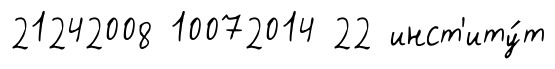
21242008 10072014 22 инст'иту́т